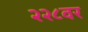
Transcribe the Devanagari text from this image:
२२८वर